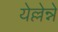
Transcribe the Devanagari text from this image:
येल्लेन्ने